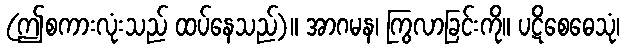
(ဤစကားလုံးသည် ထပ်နေသည်)။ အာဂမန၊ ကြွလာခြင်းကို။ ပဋိစေဓေသုံ၊